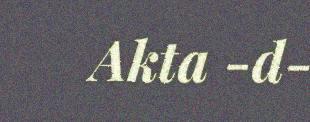
Akta -d-